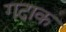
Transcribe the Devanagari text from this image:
गदाक